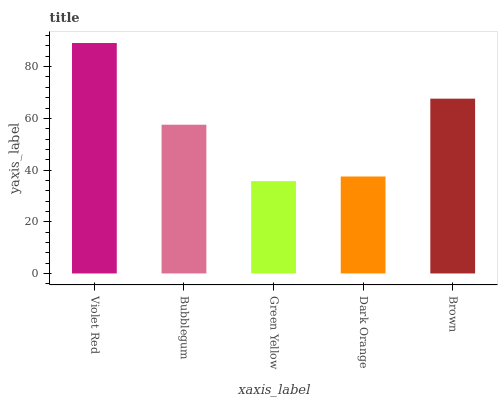
| xaxis_label | bars |
 | --- | --- |
 | Violet Red | 89.1 |
 | Bubblegum | 57.5 |
 | Green Yellow | 35.7 |
 | Dark Orange | 37.5 |
 | Brown | 67.6 |